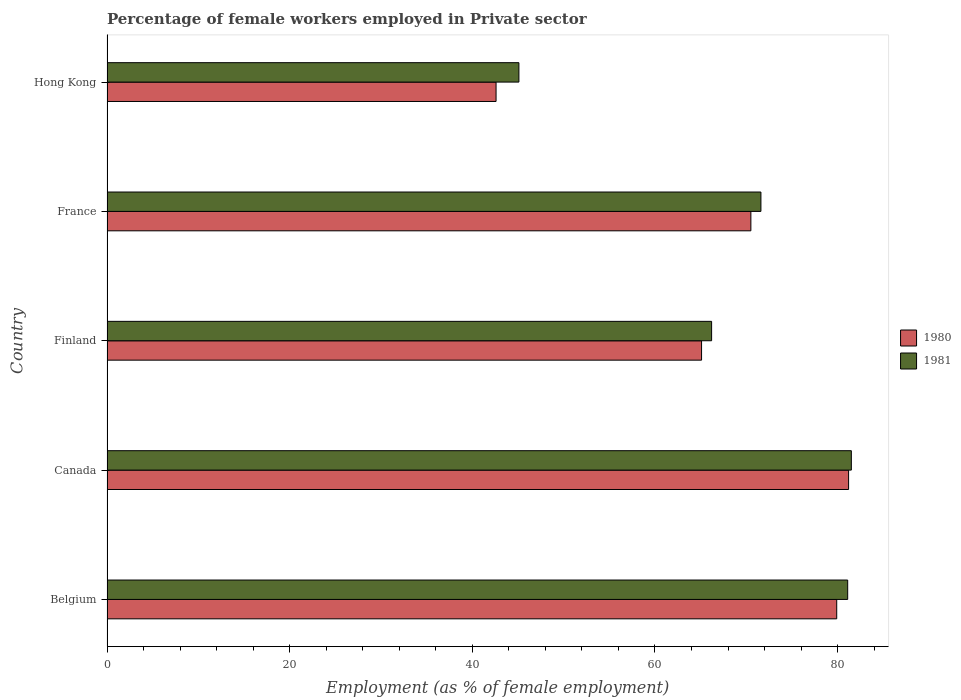
| Country | 1980 | 1981 |
 | --- | --- | --- |
 | Belgium | 79.9 | 81.1 |
 | Canada | 81.2 | 81.5 |
 | Finland | 65.1 | 66.2 |
 | France | 70.5 | 71.6 |
 | Hong Kong | 42.6 | 45.1 |